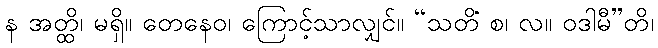
န အတ္ထိ၊ မရှိ။ တေနေဝ၊ ကြောင့်သာလျှင်။ “သတိံ စ၊ လ။ ဝဒါမီ”တိ၊